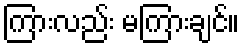
ကြားလည်း မကြားချင်။